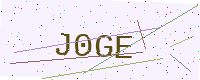
Text: J0GE